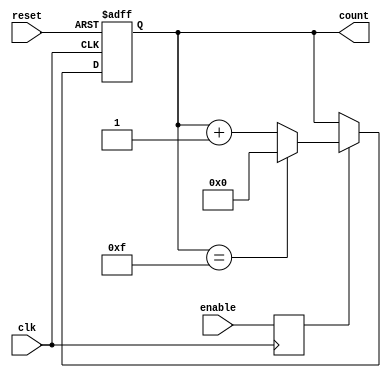
module ModuloN_Up_Counter(
    input clk,   // Clock input
    input reset, // Reset input
    input enable, // Enable input
    output reg [3:0] count // Output count signal (4-bit counter)
);

// Synchronize enable signal with clock signal
reg enable_sync;
always @(posedge clk) begin
    enable_sync <= enable;
end

// Counter logic
always @(posedge clk or posedge reset) begin
    if (reset) begin
        count <= 4'b0000; // Reset count to zero
    end else if (enable_sync) begin
        if (count == 4'b1111) begin
            count <= 4'b0000; // Reset count to zero when maximum count is reached
        end else begin
            count <= count + 1; // Increment count by 1
        end
    end
end

endmodule